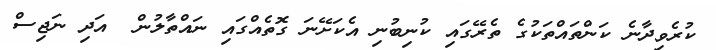
ކުރެވިދާނެ ކަންތައްތަކުގެ ތެރޭގައި ކުނިބުނި އެކަށޭނަ ގޮތެއްގައި ނައްތާލުން  އަދި ނަޖިސް